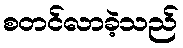
စတင်လာခဲ့သည်